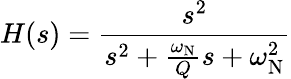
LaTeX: H(s)={\frac{s^{2}}{s^{2}+{\frac{\omega_{\mathrm{N}}}{Q}}s+\omega_{\mathrm{N}}^{2}}}